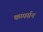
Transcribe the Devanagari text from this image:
कम्पर्सन